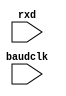
//
// Copyright 2011 Ettus Research LLC
//
// This program is free software: you can redistribute it and/or modify
// it under the terms of the GNU General Public License as published by
// the Free Software Foundation, either version 3 of the License, or
// (at your option) any later version.
//
// This program is distributed in the hope that it will be useful,
// but WITHOUT ANY WARRANTY; without even the implied warranty of
// MERCHANTABILITY or FITNESS FOR A PARTICULAR PURPOSE.  See the
// GNU General Public License for more details.
//
// You should have received a copy of the GNU General Public License
// along with this program.  If not, see <http://www.gnu.org/licenses/>.
//



// Simple printout of characters from the UART
//   Only does 8N1, requires the baud clock

module uart_rx (input baudclk, input rxd);
   reg [8:0] sr = 9'b0;
   reg [3:0]  baud_ctr = 4'b0;

   /*
   wire       byteclk = baud_ctr[3];
   reg 	      rxd_d1 = 0;
   always @(posedge baudclk)
     rxd_d1 <= rxd;
   
   always @(posedge baudclk)
     if(rxd_d1 != rxd)
       baud_ctr <= 0;
     else
       baud_ctr <= baud_ctr + 1;
*/

   wire       byteclk = baudclk;
   
   always @(posedge byteclk)
     sr <= { rxd, sr[8:1] };

   reg [3:0]  state = 0;
   always @(posedge byteclk)
     case(state)
       0 : 
	 if(~sr[8] & sr[7])  // found start bit
	   state  <= 1;
       1, 2, 3, 4, 5, 6, 7, 8 :
	 state <= state + 1;
       9 : 
	 begin
	    state <= 0;
	    $write("%c",sr[7:0]);
	    if(~sr[8])
	      $display("Error, no stop bit\n");
	 end
       default :
	 state <= 0;
     endcase // case(state)

endmodule // uart_rx